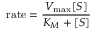
{ \mathrm { r a t e } } = { \frac { V _ { \mathrm { m a x } } [ S ] } { K _ { M } + [ S ] } }